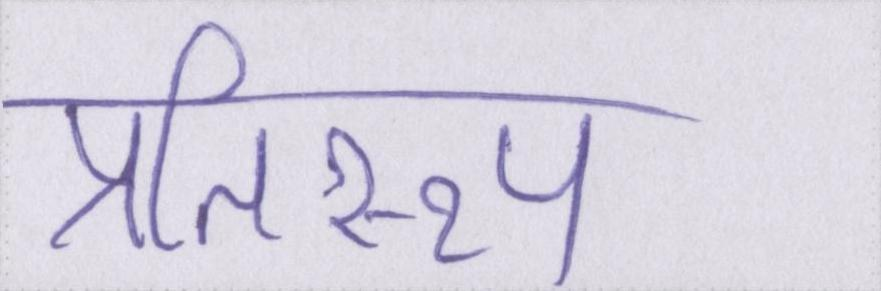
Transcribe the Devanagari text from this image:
प्रतिरूप